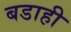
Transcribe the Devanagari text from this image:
बडाही